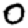
Digit: 0